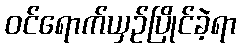
ဝင်ရောက်ယှဉ်ပြိုင်ခဲ့ရာ